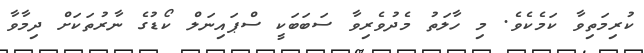
ކުރިމަތިވާ ކަމެކެވެ. މި ހާލަތު މެދުވެރިވާ ސަބަބަކީ ސްޕައިނަލް ކޯޑުގެ ނާރުތަކަށް ދިމާވާ